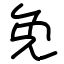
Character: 免